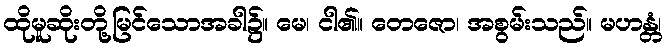
ထိုမူဆိုးတို့မြင်သောအခါ၌။ မေ၊ ငါ၏။ တေဇော၊ အစွမ်းသည်။ မဟန္တံ၊